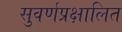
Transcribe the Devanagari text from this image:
सुवर्णप्रक्षालित